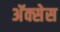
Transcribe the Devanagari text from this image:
अॅक्सेस